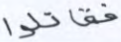
فقاتلوا